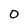
Character: o